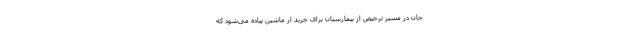
جان در مسیر ترخیص از بیمارستان برای خرید از ماشین پیاده می‌شود که